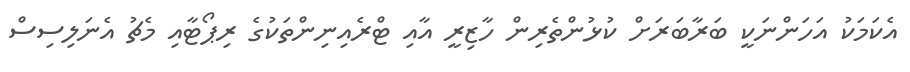
އެކަމަކު އަހަންނަކީ ބަރާބަރަށް ކުޅުންތެރިން ހާޒިރީ އާއި ޓްރެއިނިންތަކުގެ ރިޕޯޓާއި މެޗު އެނަލިސިސް